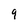
Character: 9